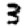
Digit: 3